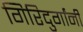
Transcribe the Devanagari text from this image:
गिरिदुर्गांनी